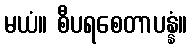
မယံ။ စီပရစေတာပန္နံ။